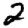
Digit: 2